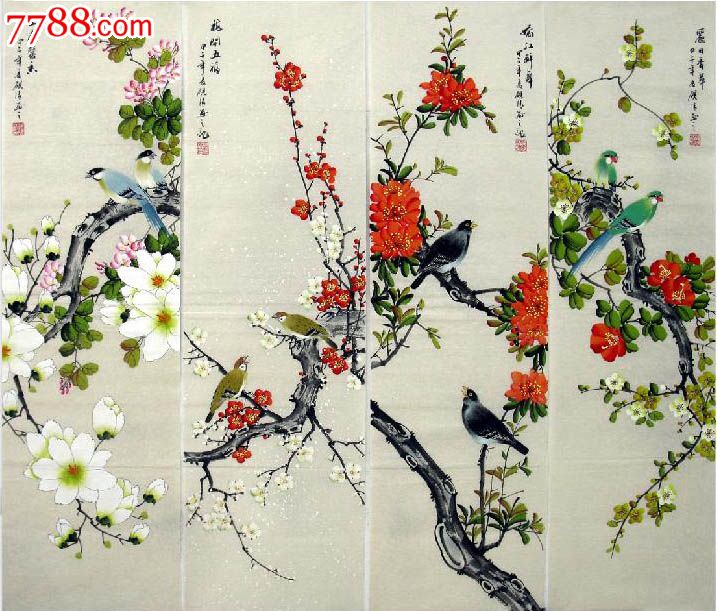
故父母学君三者，莫可以为治法。